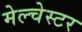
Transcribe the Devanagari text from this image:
मेल्चेस्टर